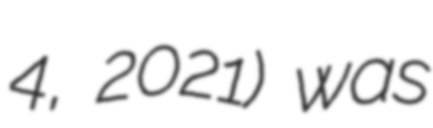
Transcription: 4, 2021) was